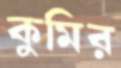
কুমির